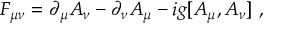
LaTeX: F _ { \mu \nu } = \partial _ { \mu } A _ { \nu } - \partial _ { \nu } A _ { \mu } - i g [ A _ { \mu } , A _ { \nu } ] \ ,